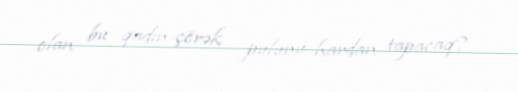
olan bu qadın çörək pulunu hardan tapacaq?.